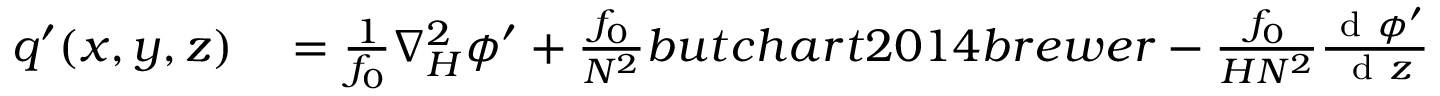
\begin{array} { r l } { q ^ { \prime } ( x , y , z ) } & { { } = \frac { 1 } { f _ { 0 } } \nabla _ { H } ^ { 2 } \phi ^ { \prime } + \frac { f _ { 0 } } { N ^ { 2 } } b u t c h a r t 2 0 1 4 b r e w e r - \frac { f _ { 0 } } { H N ^ { 2 } } \frac { \mathrm { ~ d ~ } \phi ^ { \prime } } { \mathrm { ~ d ~ } z } } \end{array}